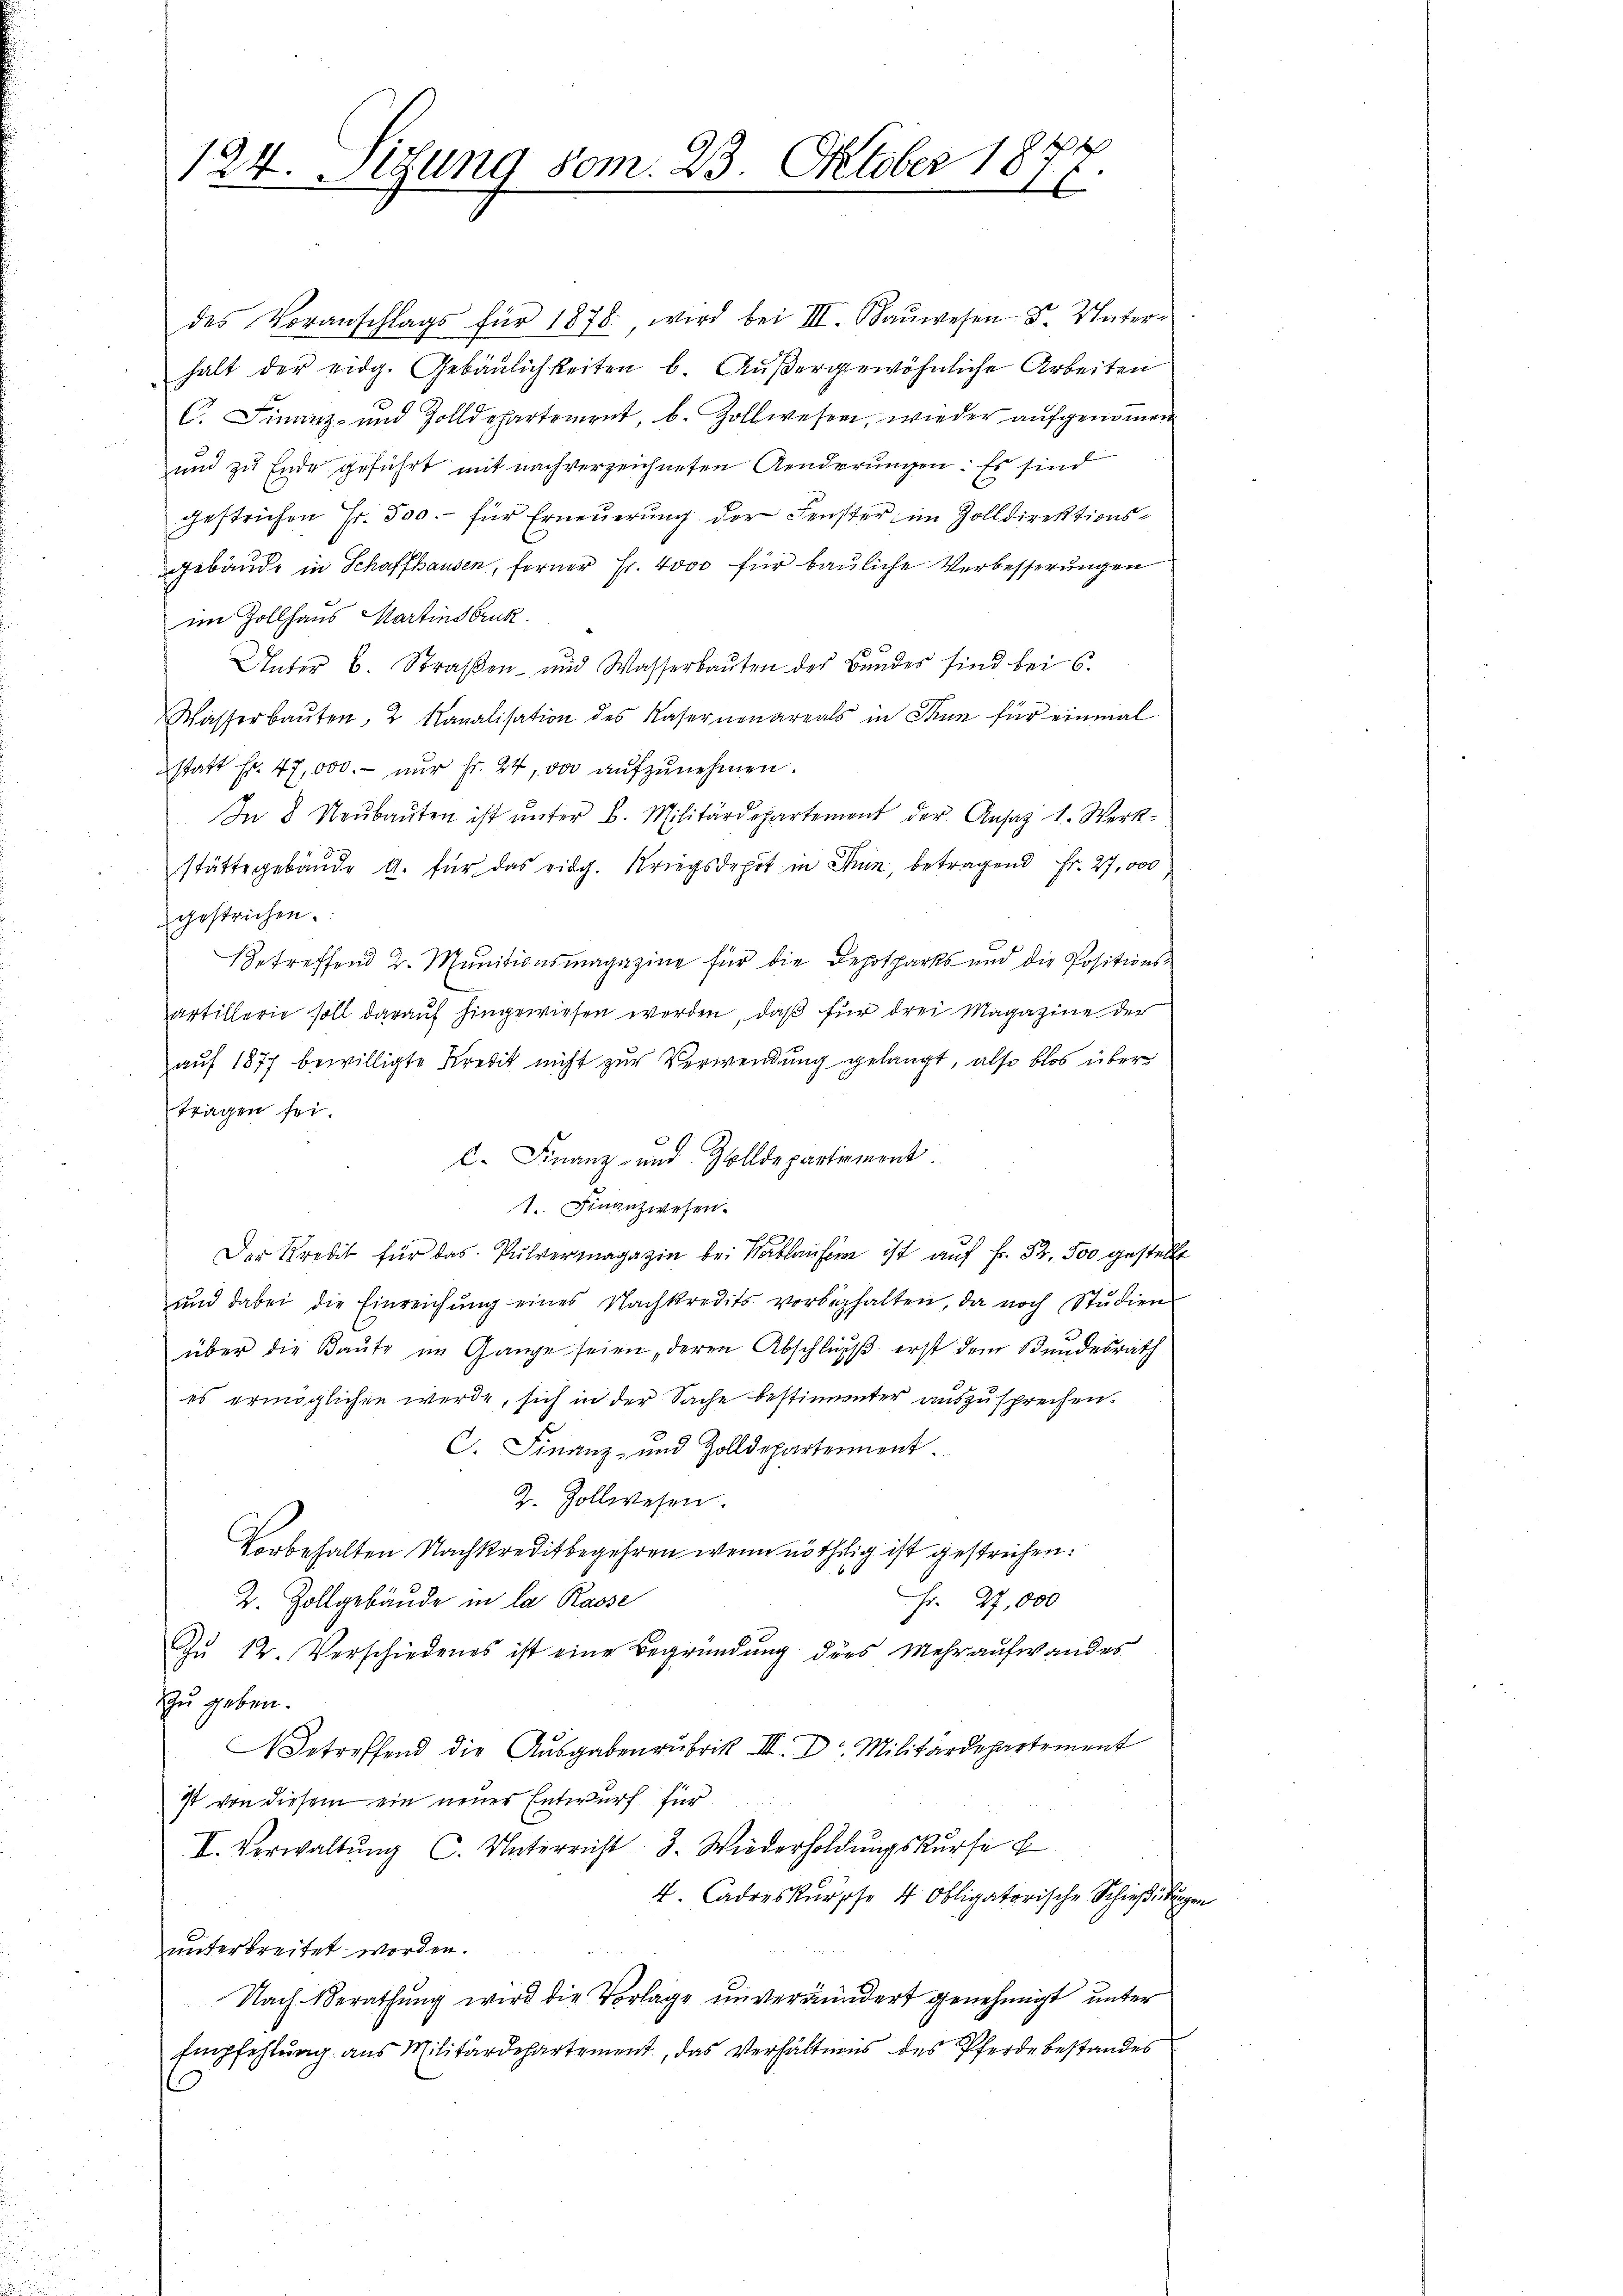
124. Sitzung vom 23. Oktober 18
t

des Voranschlags für 1875. wird bei III. Baŭwesen F. Unter-
halt der eidg. Gebäulichkeiten b. Außergewöhnliche Arbeiten
C. Finanz- und Zolldepartement, b. Zollwesen, wieder aŭfgenoṁen
und zu Ende geführt mit nach verzeichneten Aenderungen: Es sind
gestrichen Fr. 500.- für Erneuerung der Fenster im Zolldirektionsgebäude in Schaffhausen, ferner Fr. 4000 für bauliche Verbesserungen
im Zollhaus Martinsbruk.
Unter B. Straßen- und Wasserbaŭten des Bundes sind bei 6.
Wasserbauten, 2 Kanalisation des Kasernenareals in Thun für einmal
statt Fr. 47,000.- nur fr. 24, vor aufzunehmen.
In 8 Neŭbaŭten ist ŭnter B. Militärdepartement der Ansaz 1. Werk-
stätte gebäude a. für das eidg. Kriegsdepot in Suin, betragend Fr. 27,000
gestrichen.
Betreffend 2. Munitionsmagazine für die Depotparks und die Positions-
artillerie soll darauf hingewiesen werden, daß für drei Magazine der
auf 1877 bewilligte Kredit nicht zur Verwendung gelangt, also blos über
tragen sei.
C. Finanz- und Zolldepartiment.
1. Finanzwesen.
Der Kredit für das Pulvermagazin bei Nablaufer ist aŭf Fr. 52. 500 gestellt
und dabei die Einreichŭng eines Nachkredits vorbehalten, da noch Studien
über die Baŭte im Gange seien, deren Abschluß erst dem Bundesrath
es ermöglichen werde, sich in der Sache bestimmter auszusprechen.
C. Finanz- und Zolldepartement.
Z. Zollwesen.
Vorbehalten Nachkreditbegehren wenn nöthig ist gestrichen.
Fr. 27,000
2. Zollgebäude in la Rasse
Zu 12. Verschiedenes ist eine Begründung des Mehraufwandes
zu geben.
 Betreffend die Ausgabenrubrik III. Dr. Militärdepartement
Ist von diesem ein neuer Entwurf für
II. Verwaltŭng C. Unterricht 3. Wiederholdŭngskŭrse
4. Cadreskurpse 4. Obligatorische Schießübungen
unterbreitet worden.
Nach Berathung wird die Vorlage unverändert genehmigt unter
Empfehlung aus Militärdepartement, das Verhältnis des Pferde bestandes
.